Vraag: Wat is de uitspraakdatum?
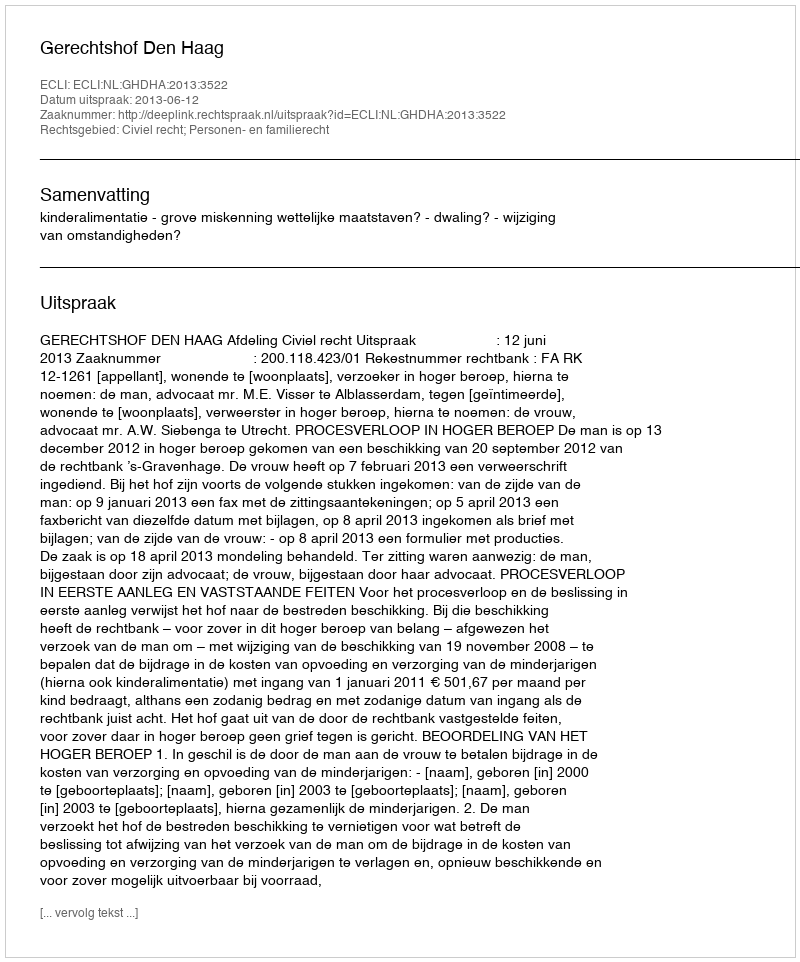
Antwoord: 2013-06-12